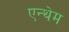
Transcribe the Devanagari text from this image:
एन्थेम